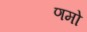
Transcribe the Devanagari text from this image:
णमो